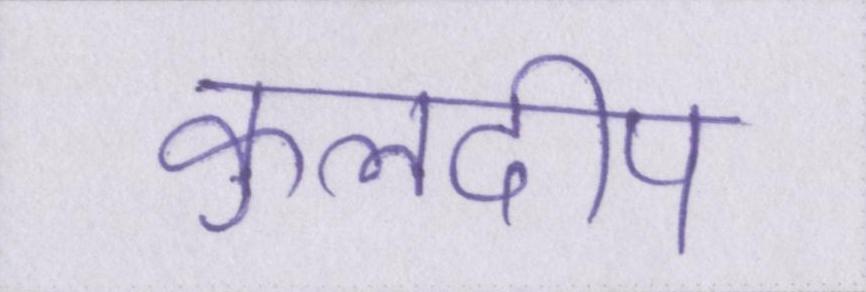
कुलदीप